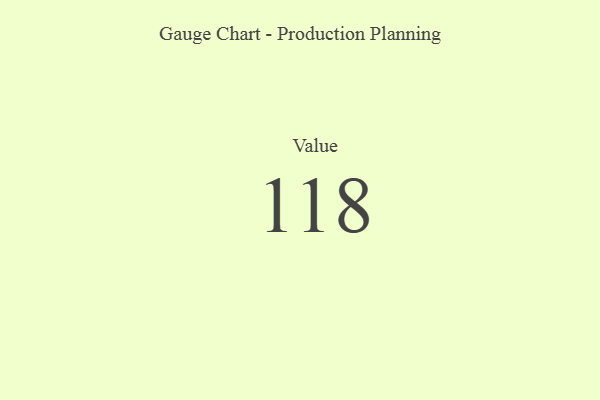
{"axis": {"x": "Metric", "y": "Value"}, "legend": [""], "data": [{"x": "Value", "y": 118, "type": ""}]}